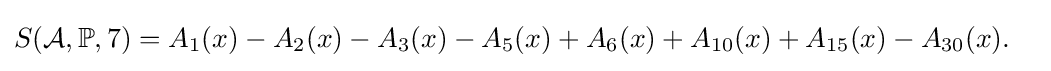
{\begin{aligned}S({\mathcal {A}},\mathbb {P} ,7)&=A_{1}(x)-A_{2}(x)-A_{3}(x)-A_{5}(x)+A_{6}(x)+A_{10}(x)+A_{15}(x)-A_{30}(x).\end{aligned}}